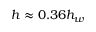
h \approx 0 . 3 6 h _ { w }